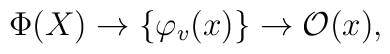
\Phi(X) \to \{{\varphi}_v(x)\}  \to {\mathcal O}(x),